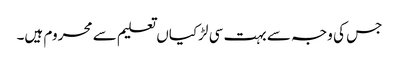
جس کی وجہ سے بہت سی لڑکیاں تعلیم سے محروم ہیں۔